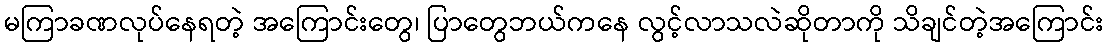
မကြာခဏလုပ်နေရတဲ့ အကြောင်းတွေ၊ ပြာတွေဘယ်ကနေ လွင့်လာသလဲဆိုတာကို သိချင်တဲ့အကြောင်း